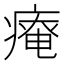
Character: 𤹃